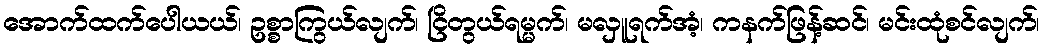
အောက်ထက်ပေါယယ်၊ ဥစ္စာကြွယ်လျက်၊ ငြိတွယ်ရမ္မက်၊ မလှူရက်အံ့၊ ကနက်ဖြန့်ဆင်၊ မင်းထုံစင်လျက်၊